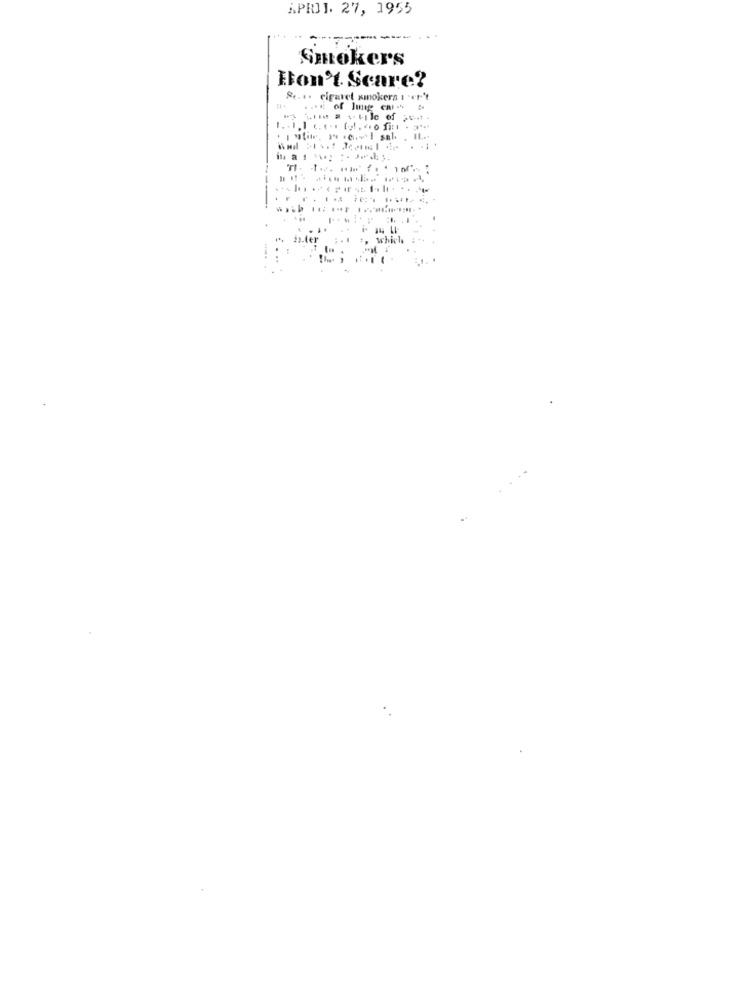
APRIL. 27, 1955
Smokers
Hon't Scare?
& .... cigaret smokers 1 'er't
....
in.le
: :